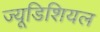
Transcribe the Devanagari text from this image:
ज्यूडिशियल